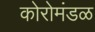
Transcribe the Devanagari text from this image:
कोरोमंडळ